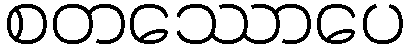
စတဿောပေ